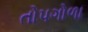
તોપગોળા